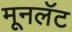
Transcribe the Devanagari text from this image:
मूनलॅट